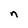
Character: n